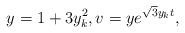
LaTeX: \begin{align*}y = 1+ 3y_k^2,v = y e^{\sqrt{3} y_k t},\end{align*}